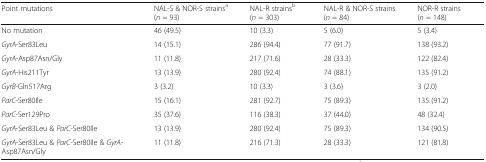
| Point mutations | NAL-S & NOR-S strainsa (n = 93) | NAL-R strainsb (n = 303) | NAL-R & NOR-S strains (n = 84) | NOR-R strains (n = 148) |
 | --- | --- | --- | --- | --- |
 | No mutation | 46 (49.5) | 10 (3.3) | 5 (6.0) | 5 (3.4) |
 | GyrA-Ser83Leu | 14 (15.1) | 286 (94.4) | 77 (91.7) | 138 (93.2) |
 | GyrA-Asp87Asn/Gly | 11 (11.8) | 217 (71.6) | 28 (33.3) | 122 (82.4) |
 | GyrA-His211Tyr | 13 (13.9) | 280 (92.4) | 74 (88.1) | 135 (91.2) |
 | GyrB-Gln517Arg | 3 (3.2) | 10 (3.3) | 3 (3.6) | 3 (2.0) |
 | ParC-Ser80Ile | 15 (16.1) | 281 (92.7) | 75 (89.3) | 135 (91.2) |
 | ParC-Ser129Pro | 35 (37.6) | 116 (38.3) | 37 (44.0) | 48 (32.4) |
 | GyrA-Ser83Leu & ParC-Ser80Ile | 13 (13.9) | 280 (92.4) | 75 (89.3) | 134 (90.5) |
 | GyrA-Ser83Leu & ParC-Ser80Ile & GyrA-Asp87Asn/Gly | 11 (11.8) | 216 (71.3) | 28 (33.3) | 121 (81.8) |